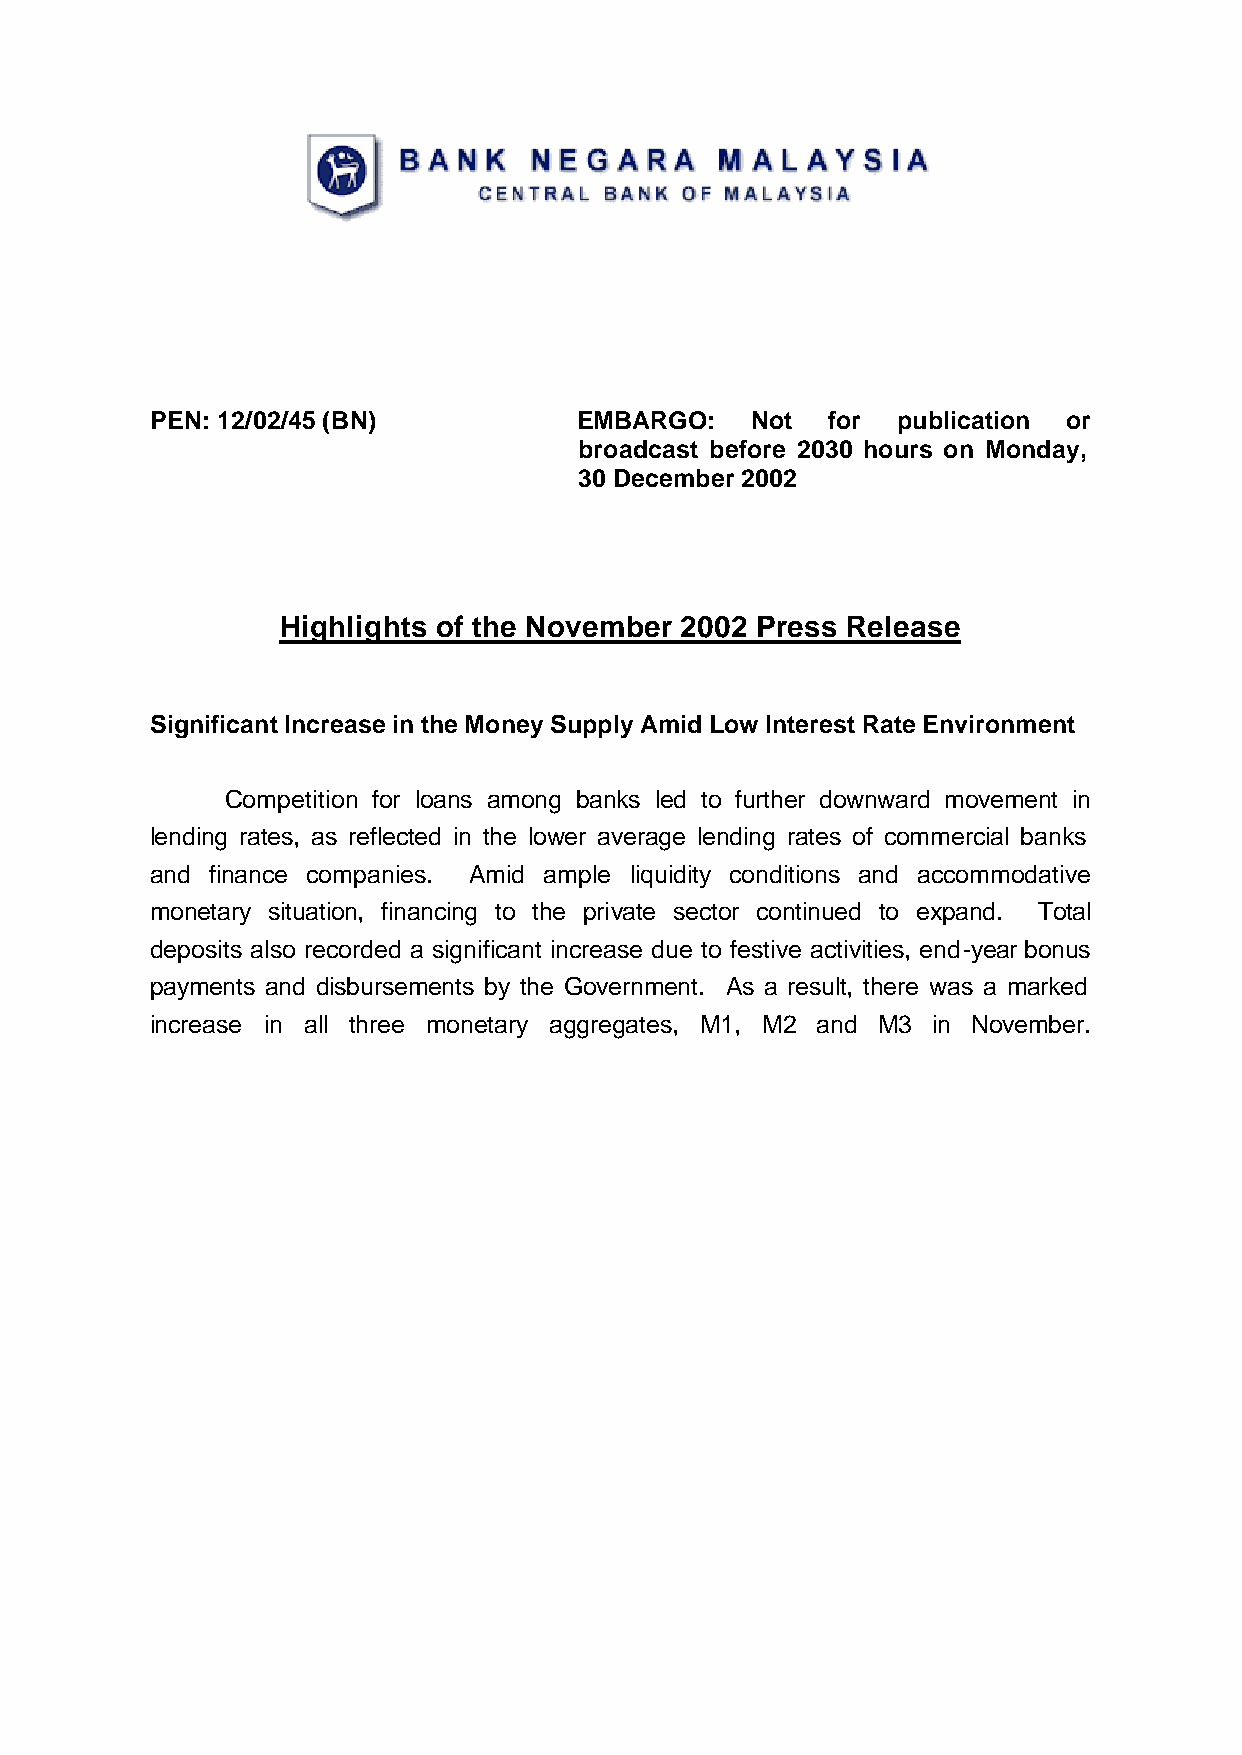
PEN: 12/02/45 (BN)          EMBARGO:    Not  for publication or
 broadcast before 2030 hours on Monday,
 30 December 2002
 Highlights of the November 2002 Press Release
 Significant Increase in the Money Supply Amid Low Interest Rate Environment
 Competition for loans among banks led to further downward movement in
 lending rates, as reflected in the lower average lending rates of commercial banks
 and finance companies. Amid ample liquidity conditions and accommodative
 monetary situation, financing to the private sector continued to expand. Total
 deposits also recorded a significant increase due to festive activities, end-year bonus
 payments and disbursements by the Government. As a result, there was a marked
 increase in all three monetary aggregates, M1, M2 and M3 in November.